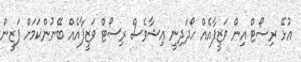
އުޅޭ ރިސޯޓް އިން ވަޒީފާއެއް ހޯދަދިނީ އިޝާވެސް ރިސޯޓް ވަޒީފާއެއް ބޭނުންކަމަށް ފަޒީން